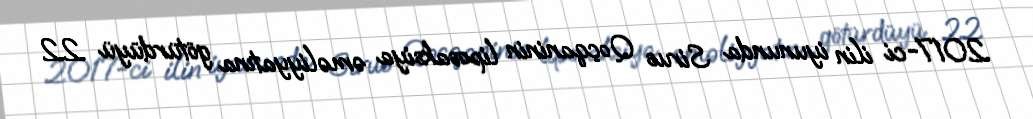
2017-ci ilin iyununda Sirus Qoçqaninin liposaksiya əməliyyatına götürdüyü 22